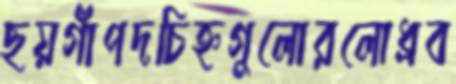
ছয়গাঁপদচিহ্নগুলোরলোধ্রব